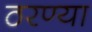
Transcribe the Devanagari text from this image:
ठरण्या